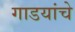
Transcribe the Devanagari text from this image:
गाडयांचे